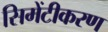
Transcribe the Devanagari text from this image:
सिमेंटीकरण